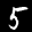
Label: 5